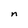
Character: n